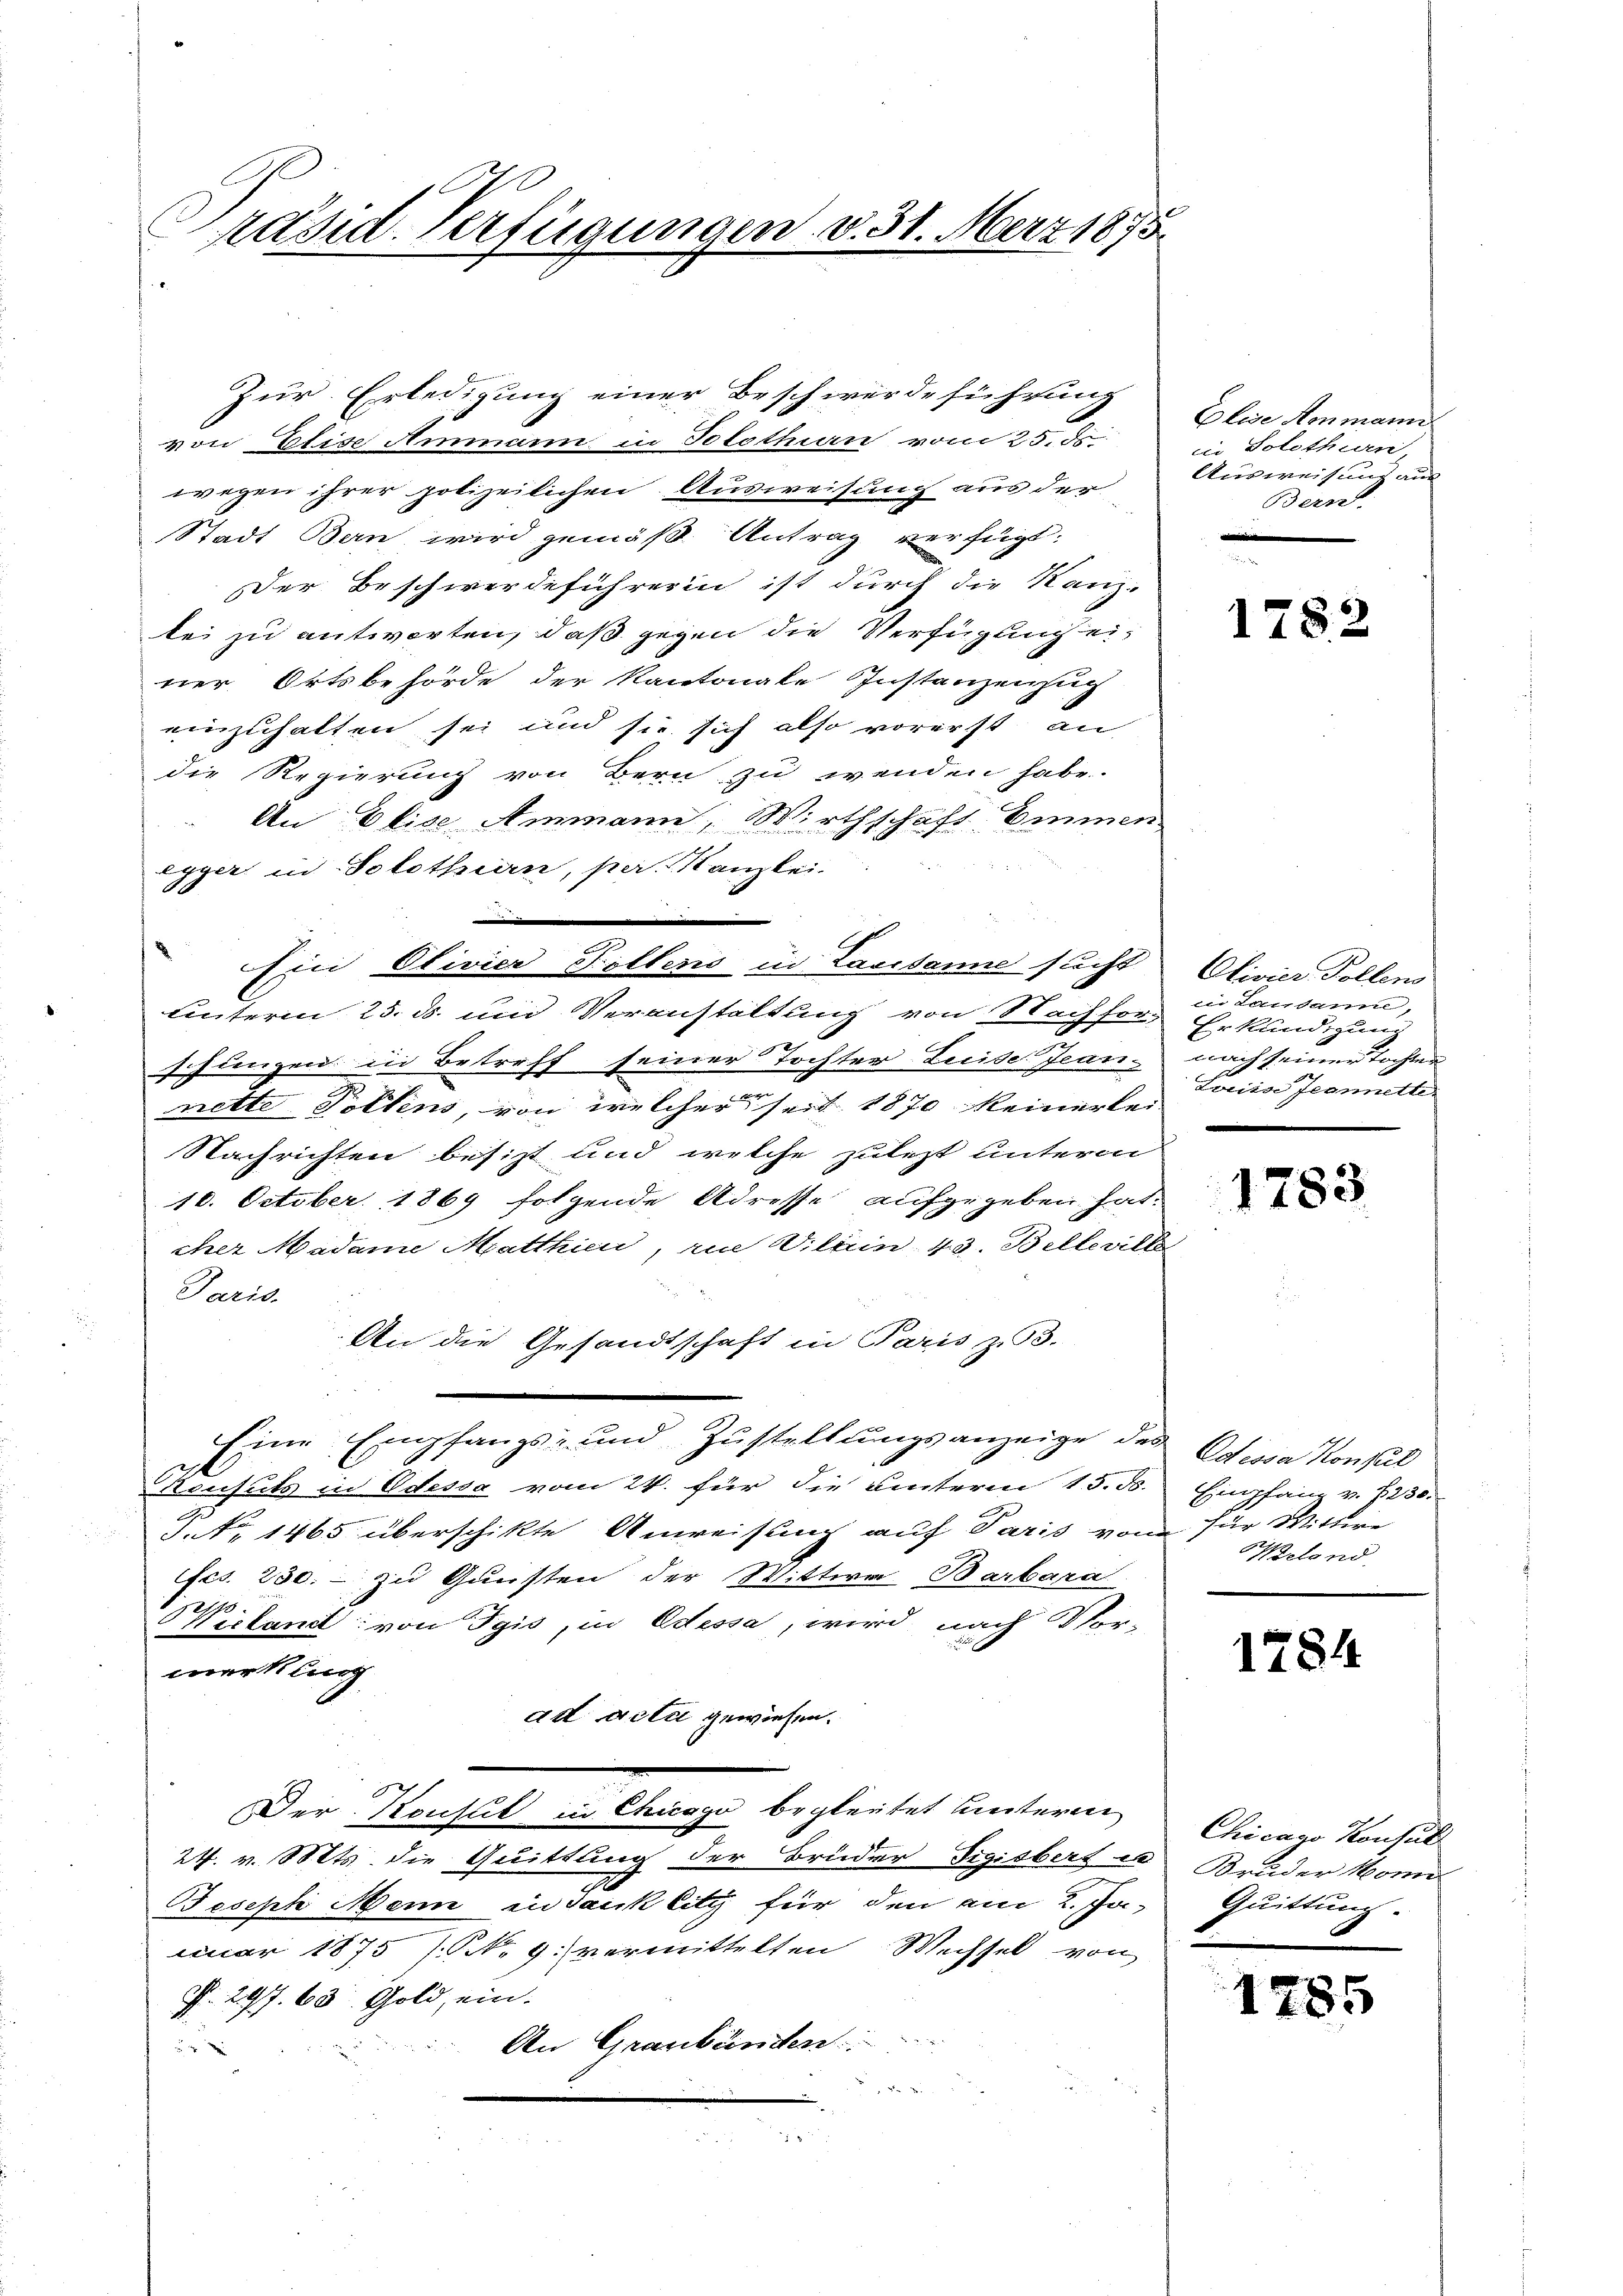
I
räsid. Verfügungen v. 31. März 1875

Zur Erledigung einer Beschwerdeführung
von Elise Ammann in Solothurn vom 25. ds.
wegen ihrer polizeilichen Ausweisung aus der
Stadt Bern wird gemäß Antrag verfügt:
Der Beschwerdeführerin ist durch die Kanz-
tei zu antworten, daß gegen die Verfügung einer Ortsbehörde der Kantonale Instanzenzug
einzuhalten sei und sie sich also vorerst an
die Regierung von Bern zu wenden habe.
An Elice Ammann, Wirthschaft Emmen
egger in Solothurn, par Kanzlei
unterm 25. ds. und Veranstaltung von Nachforschungen in Betreff seiner Tochter Luise Jean-
nette Tollens, von welcher seit 1870 keinerlei
Nachrichten besizt und welche zulezt unterm
10. October 1869 folgende Adresse aufgegeben hat.
cher Madame Matthien, zu Villein 43. Belleville
Paris.
An die Gesandtschaft in Paris zu 3.
Eine Empfangs- und Zustellungsanzeige des Odessa Konsul
Consuls in Odessa vom 24. für die unterm 15. ds. Empfang v. 230.
S.S. 1465 überschikte Anweisung auf Paris von für Wittwe
fcs. 250. - zu Gunsten der Wittwe Barbara
Wieland: von Tgis, in Odessa, wird nach Vor-
merkung
ad acti gewiesen.
Der Konsul in Chicago begleitet hinteren
24. v. Mts. die Quittung der Brüder Sigisbert in Bruder Monn
Joseph Mein ein dank litz für den am 2. Ja. Quittung.
nuar 1875 (N. 9. vermittelten Wechsel von
P. 297. 63. Gold, ein.

An Graubünden
x

Ein Olivier Zollens in Lausanne sucht

Elise Aenmann
in Solothurn,
Ausweisung aus
Bern

178:

Olivier Tollens
en Landanne,
Erkundigun
nach seiner Tochten
Letica Jennette.

1783

elond

1784

Chicago Konsul

1285